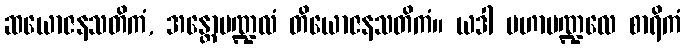
ဆယောဇနသတိကံ, အန္တောမဏ္ဍလံ တိယောဇနသတိကံ။ ယဒါ မဟာမဏ္ဍလေ စာရိကံ